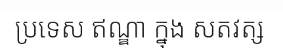
ប្រទេស ឥណ្ឌា ក្នុង សតវត្ស